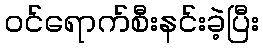
ဝင်ရောက်စီးနင်းခဲ့ပြီး